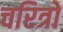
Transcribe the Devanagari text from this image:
चरित्रो